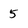
Character: 5